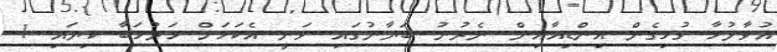
އުވާލުމާ ގުޅިގެން އިންޑިއާއިން ނެރުނު ބަޔާނުގައި ވަނީ އެކަމަށް މަރުހަބާ ކިޔައި 1